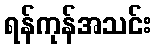
ရန်ကုန်အသင်း